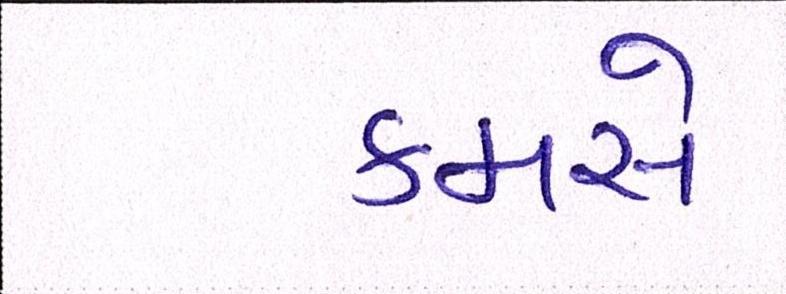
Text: કમસે